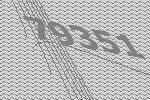
79351